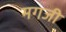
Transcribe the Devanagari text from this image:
मगजी